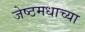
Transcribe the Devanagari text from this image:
जेष्ठमधाच्या